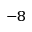
^ { - 8 }